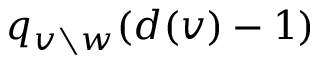
q _ { v \setminus w } ( d ( v ) - 1 )